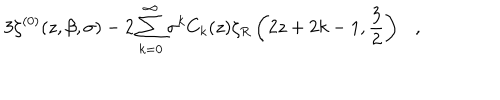
LaTeX: 3 \zeta ^ { ( 0 ) } ( z , \beta , \sigma ) - 2 \sum _ { k = 0 } ^ { \infty } \sigma ^ { k } C _ { k } ( z ) \zeta _ { R } \left( 2 z + 2 k - 1 , { \frac { 3 } { 2 } } \right) ,